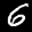
Label: 6